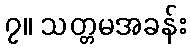
၇။ သတ္တမအခန်း